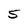
Character: S